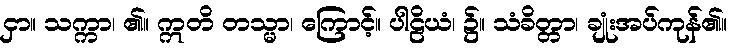
ငှာ။ သက္ကာ၊ ၏။ ဣတိ တသ္မာ၊ ကြောင့်။ ပါဠိယံ၊ ၌။ သံခိတ္တာ၊ ချုံးအပ်ကုန်၏။